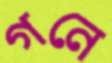
গনে